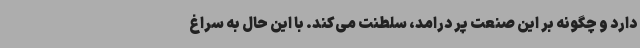
دارد و چگونه بر این صنعت پر درامد، سلطنت می‌کند. با این حال به سراغ